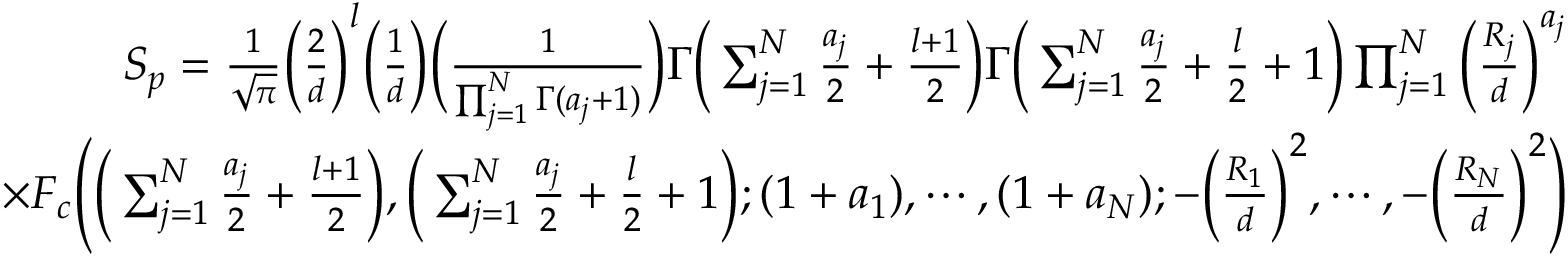
\begin{array} { r } { S _ { p } = \frac { 1 } { \sqrt { \pi } } \Big ( \frac { 2 } { d } \Big ) ^ { l } \Big ( \frac { 1 } { d } \Big ) \Big ( \frac { 1 } { \prod _ { j = 1 } ^ { N } \Gamma ( a _ { j } + 1 ) } \Big ) \Gamma \Big ( \sum _ { j = 1 } ^ { N } \frac { a _ { j } } { 2 } + \frac { l + 1 } { 2 } \Big ) \Gamma \Big ( \sum _ { j = 1 } ^ { N } \frac { a _ { j } } { 2 } + \frac { l } { 2 } + 1 \Big ) \prod _ { j = 1 } ^ { N } \Big ( \frac { R _ { j } } { d } \Big ) ^ { a _ { j } } } \\ { \times F _ { c } \Bigg ( \Big ( \sum _ { j = 1 } ^ { N } \frac { a _ { j } } { 2 } + \frac { l + 1 } { 2 } \Big ) , \Big ( \sum _ { j = 1 } ^ { N } \frac { a _ { j } } { 2 } + \frac { l } { 2 } + 1 \Big ) ; ( 1 + a _ { 1 } ) , \cdots , ( 1 + a _ { N } ) ; - \Big ( \frac { R _ { 1 } } { d } \Big ) ^ { 2 } , \cdots , - \Big ( \frac { R _ { N } } { d } \Big ) ^ { 2 } \Bigg ) } \end{array}